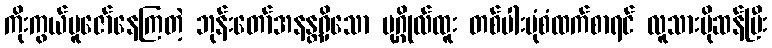
ကိုးကွယ်ပူဇော်နေကြတဲ့ ဘုန်းတော်အနန္တရှိသော ပုဂ္ဂိုလ်ထူး တစ်ပါးပုံစံထက်စာရင် လူသားပိုဆန်ပြီး